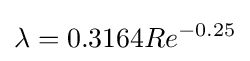
\lambda =0.3164Re^{-0.25}